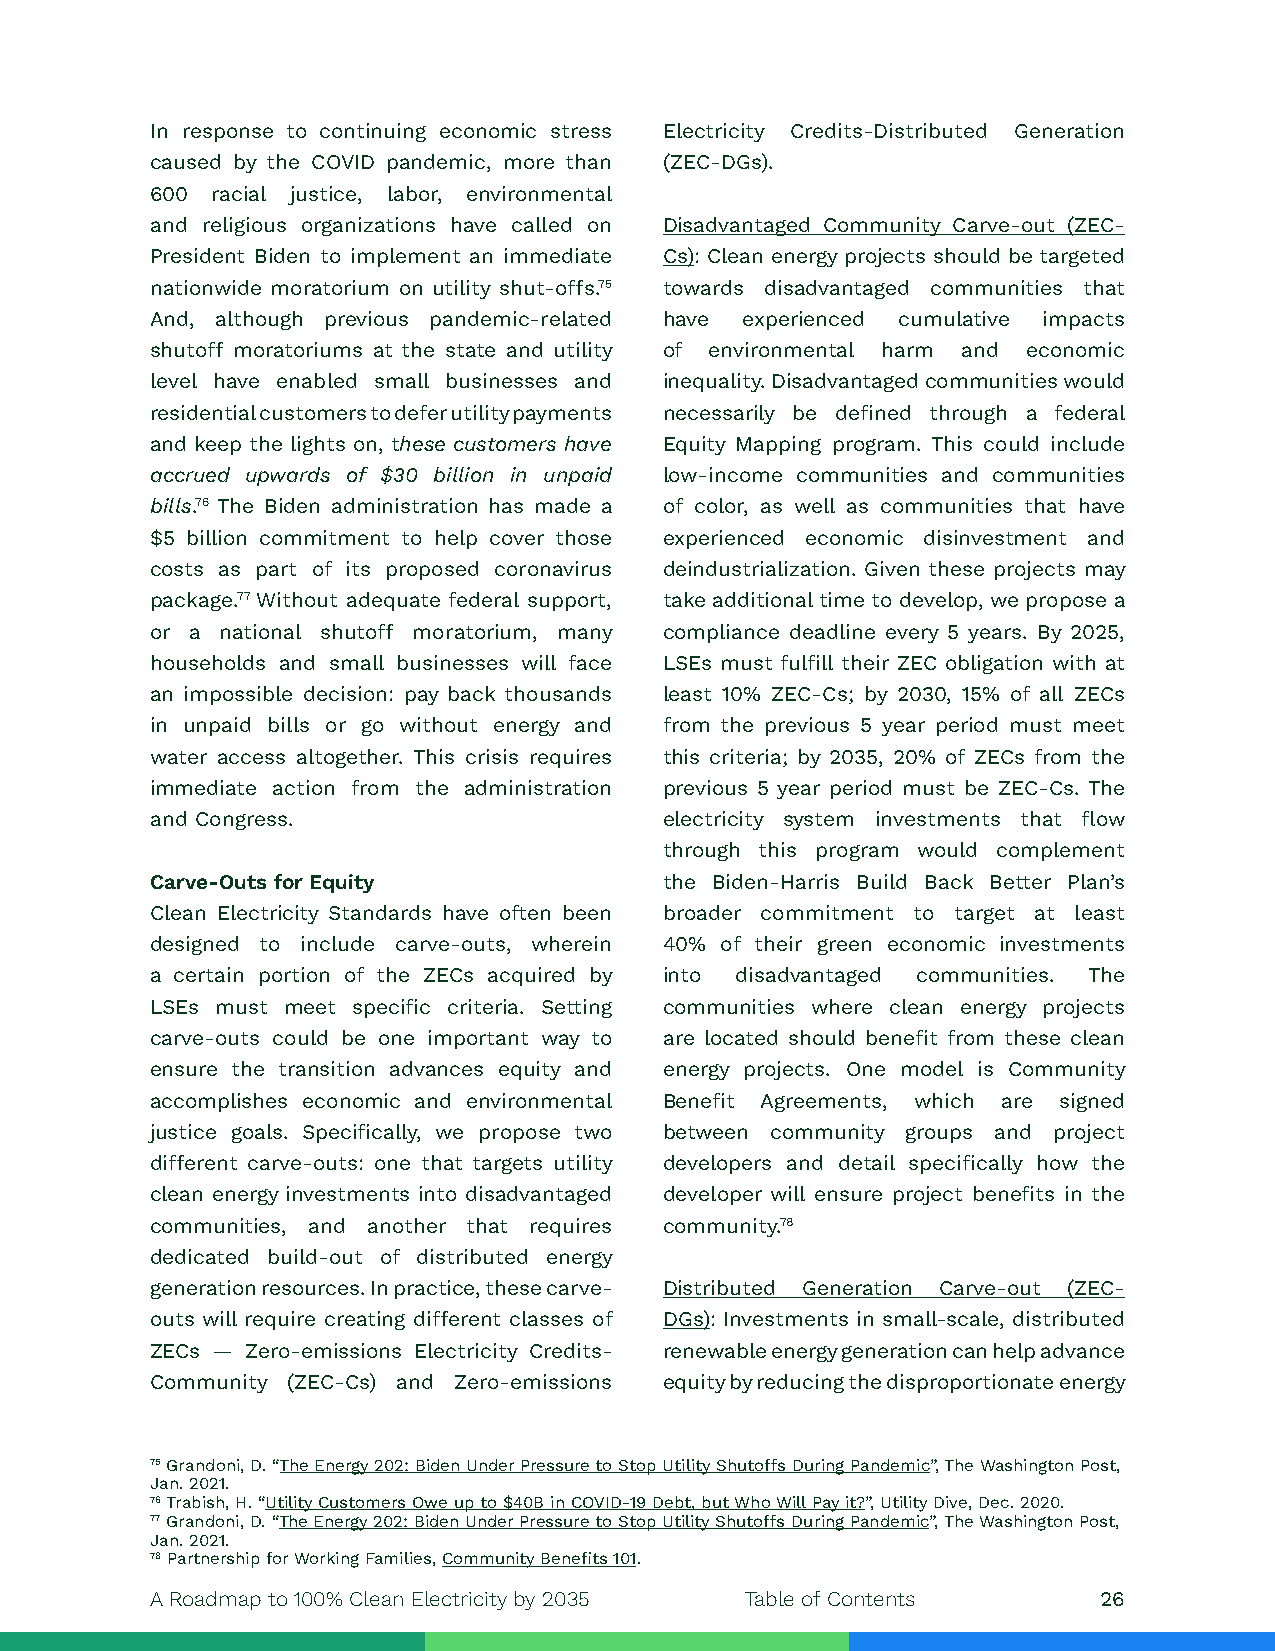
In response to continuing economic stress Electricity Credits-Distributed Generation
 caused by the COVID pandemic, more than (ZEC-DGs).
 600 racial justice, labor, environmental
 and religious organizations have called on Disadvantaged Community Carve-out (ZEC-
 President Biden to implement an immediate Cs): Clean energy projects should be targeted
 nationwide moratorium on utility shut-offs.75 towards disadvantaged communities that
 And, although previous pandemic-related have experienced cumulative impacts
 shutoff moratoriums at the state and utility of environmental harm and economic
 level have enabled small businesses and inequality. Disadvantaged communities would
 residential customers to defer utility payments necessarily be defined through a federal
 and keep the lights on, these customers have Equity Mapping program. This could include
 accrued upwards of $30 billion in unpaid low-income communities and communities
 bills.76 The Biden administration has made a of color, as well as communities that have
 $5 billion commitment to help cover those experienced economic disinvestment and
 costs as part of its proposed coronavirus deindustrialization. Given these projects may
 package.77 Without adequate federal support, take additional time to develop, we propose a
 or a national shutoff moratorium, many compliance deadline every 5 years. By 2025,
 households and small businesses will face LSEs must fulfill their ZEC obligation with at
 an impossible decision: pay back thousands least 10% ZEC-Cs; by 2030, 15% of all ZECs
 in unpaid bills or go without energy and from the previous 5 year period must meet
 water access altogether. This crisis requires this criteria; by 2035, 20% of ZECs from the
 immediate action from the administration previous 5 year period must be ZEC-Cs. The
 and Congress.                     electricity system investments that flow
 through this program would complement
 Carve-Outs for Equity             the Biden-Harris Build Back Better Plan’s
 Clean Electricity Standards have often been broader commitment to target at least
 designed to include carve-outs, wherein 40% of their green economic investments
 a certain portion of the ZECs acquired by into disadvantaged communities. The
 LSEs must meet specific criteria. Setting communities where clean energy projects
 carve-outs could be one important way to are located should benefit from these clean
 ensure the transition advances equity and energy projects. One model is Community
 accomplishes economic and environmental Benefit Agreements, which are signed
 justice goals. Specifically, we propose two between community groups and project
 different carve-outs: one that targets utility developers and detail specifically how the
 clean energy investments into disadvantaged developer will ensure project benefits in the
 communities, and another that requires community.78
 dedicated build-out of distributed energy
 generation resources. In practice, these carve- Distributed Generation Carve-out (ZEC-
 outs will require creating different classes of DGs): Investments in small-scale, distributed
 ZECs — Zero-emissions Electricity Credits- renewable energy generation can help advance
 Community (ZEC-Cs) and Zero-emissions equity by reducing the disproportionate energy
 75 Grandoni, D. “The Energy 202: Biden Under Pressure to Stop Utility Shutoffs During Pandemic”, The Washington Post,
 Jan. 2021.
 76 Trabish, H. “Utility Customers Owe up to $40B in COVID-19 Debt, but Who Will Pay it?”, Utility Dive, Dec. 2020.
 77 Grandoni, D. “The Energy 202: Biden Under Pressure to Stop Utility Shutoffs During Pandemic”, The Washington Post,
 Jan. 2021.
 78 Partnership for Working Families, Community Benefits 101.
 A Roadmap to 100% Clean Electricity by 2035 Table of Contents  26